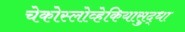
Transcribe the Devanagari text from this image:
चेकोस्लोव्हेकियासुद्धा